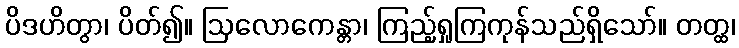
ပိဒဟိတွာ၊ ပိတ်၍။ ဩလောကေန္တာ၊ ကြည့်ရှုကြကုန်သည်ရှိသော်။ တတ္ထ၊